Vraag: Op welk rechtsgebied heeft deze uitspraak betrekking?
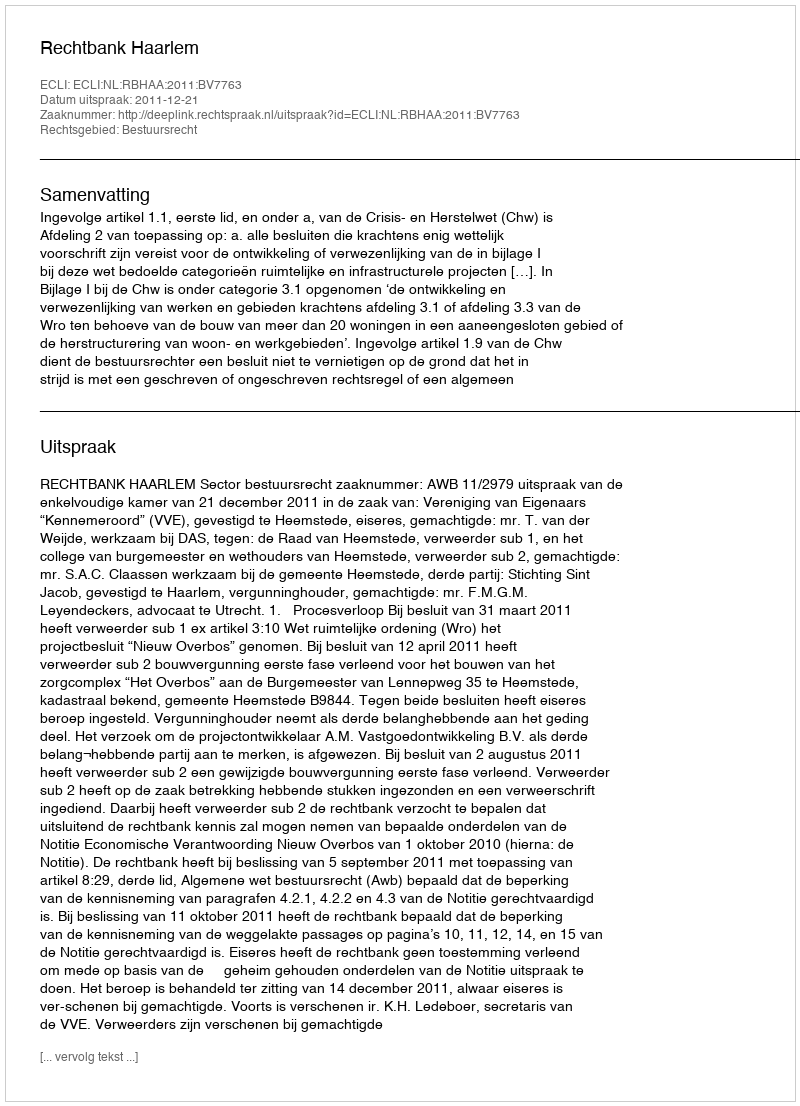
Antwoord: Bestuursrecht